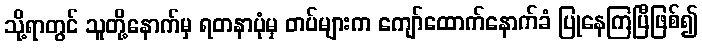
သို့ရာတွင် သူတို့နောက်မှ ရတနာပုံမှ တပ်များက ကျော်ထောက်နောက်ခံ ပြုနေကြပြီဖြစ်၍